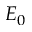
E _ { 0 }